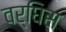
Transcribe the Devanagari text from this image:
वर्घिस